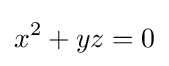
x^{2}+yz=0